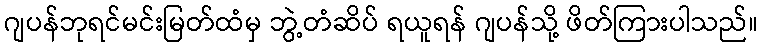
ဂျပန်ဘုရင်မင်းမြတ်ထံမှ ဘွဲ့တံဆိပ် ရယူရန် ဂျပန်သို့ ဖိတ်ကြားပါသည်။